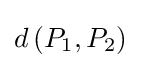
d\left(P_{1},P_{2}\right)